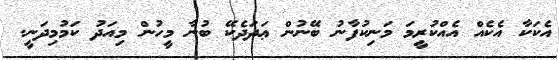
އެކަކާ އެކެއް އެއްކުރީމަ މަނިކުފާނު ބޭނުން ޢަދަދެކޭ ބުނާ މީހުން މިއަދު ކަމުމިދަނީ.